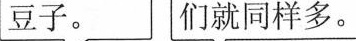
豆子。 们就同样多。